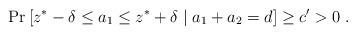
LaTeX: \begin{align*} \Pr\left[z^*-\delta \le a_1 \le z^*+\delta \mid a_1+a_2=d\right] \ge c' > 0 \;.\end{align*}